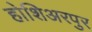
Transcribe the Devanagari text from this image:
होशिअरपुर